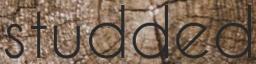
studded